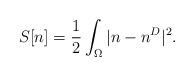
LaTeX: \begin{align*} S[n] = \frac{1}{2}\int_\Omega |n-n^D|^2 .\end{align*}